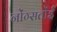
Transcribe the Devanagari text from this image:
नोंग्सतोंई